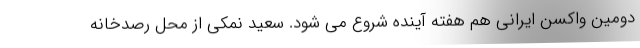
دومین واکسن ایرانی هم هفته آینده شروع می شود. سعید نمکی از محل رصدخانه